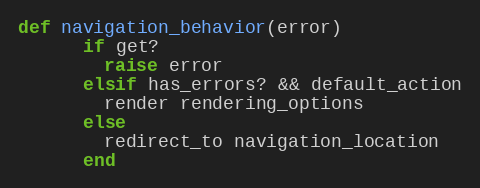
Language: Ruby
def navigation_behavior(error)
      if get?
        raise error
      elsif has_errors? && default_action
        render rendering_options
      else
        redirect_to navigation_location
      end